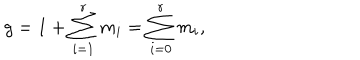
g = 1 + \sum _ { i = 1 } ^ { r } m _ { i } = \sum _ { i = 0 } ^ { r } m _ { i } ,